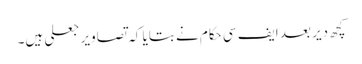
کچھ دیر بعد ایف سی حکام نے بتایا کہ تصاویر جعلی ہیں۔